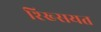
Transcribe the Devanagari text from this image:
श्ख्सियत